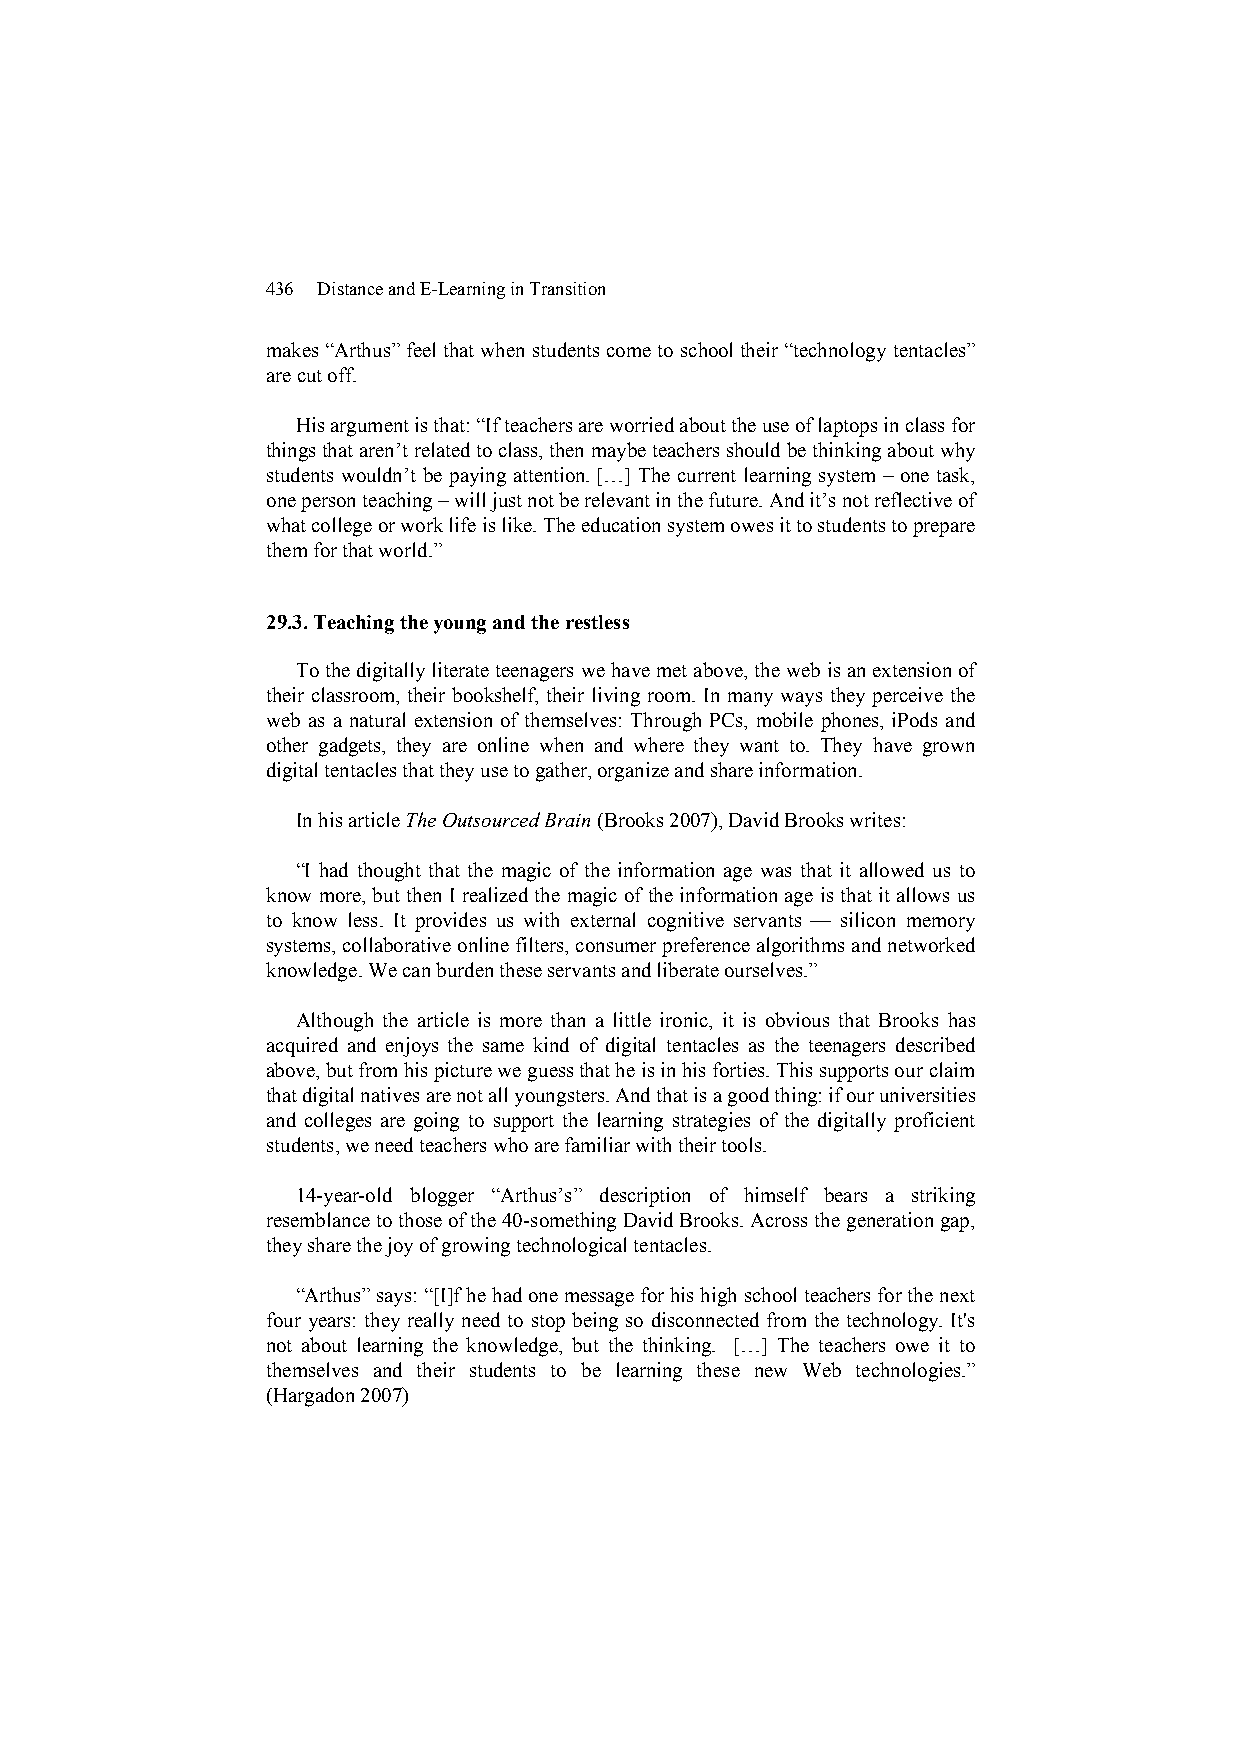
436 Distance and E-Learning in Transition
 makes “Arthus” feel that when students come to school their “technology tentacles”
 are cut off.
 His argument is that: “If teachers are worried about the use of laptops in class for
 things that aren’t related to class, then maybe teachers should be thinking about why
 students wouldn’t be paying attention. […] The current learning system – one task,
 one person teaching – will just not be relevant in the future. And it’s not reflective of
 what college or work life is like. The education system owes it to students to prepare
 them for that world.”
 29.3. Teaching the young and the restless
 To the digitally literate teenagers we have met above, the web is an extension of
 their classroom, their bookshelf, their living room. In many ways they perceive the
 web as a natural extension of themselves: Through PCs, mobile phones, iPods and
 other gadgets, they are online when and where they want to. They have grown
 digital tentacles that they use to gather, organize and share information.
 In his article The Outsourced Brain (Brooks 2007), David Brooks writes:
 “I had thought that the magic of the information age was that it allowed us to
 know more, but then I realized the magic of the information age is that it allows us
 to know less. It provides us with external cognitive servants — silicon memory
 systems, collaborative online filters, consumer preference algorithms and networked
 knowledge. We can burden these servants and liberate ourselves.”
 Although the article is more than a little ironic, it is obvious that Brooks has
 acquired and enjoys the same kind of digital tentacles as the teenagers described
 above, but from his picture we guess that he is in his forties. This supports our claim
 that digital natives are not all youngsters. And that is a good thing: if our universities
 and colleges are going to support the learning strategies of the digitally proficient
 students, we need teachers who are familiar with their tools.
 14-year-old blogger “Arthus’s” description of himself bears a striking
 resemblance to those of the 40-something David Brooks. Across the generation gap,
 they share the joy of growing technological tentacles.
 “Arthus” says: “[I]f he had one message for his high school teachers for the next
 four years: they really need to stop being so disconnected from the technology. It's
 not about learning the knowledge, but the thinking. […] The teachers owe it to
 themselves and their students to be learning these new Web technologies.”
 (Hargadon 2007)